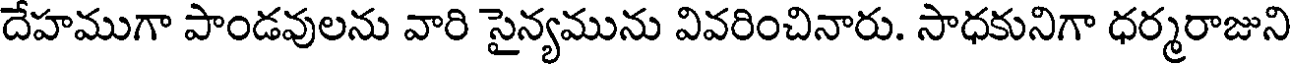
దేహముగా పాండవులను వారి సైన్యమును వివరించినారు. సాధకునిగా ధర్మరాజుని